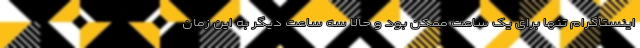
اینستاگرام تنها برای یک ساعت ممکن بود و حالا سه ساعت دیگر به این زمان